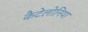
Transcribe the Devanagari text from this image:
कैटेलोनिया